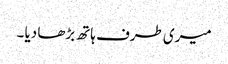
میری طرف ہاتھ بڑھا دیا ۔